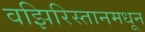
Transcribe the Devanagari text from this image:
वझिरिस्तानमधून